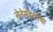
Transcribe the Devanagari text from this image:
नेतेमंडळींचा